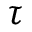
\tau